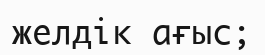
желдік ағыс;